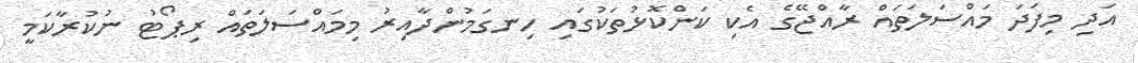
އަދި މިފަދަ މައްސަލަތައް ރާއްޖޭގެ އެކި ކަންކޮޅުތަކުގައި ހިނގަމުންދާއިރު މިމައްސަލަތައް ރިޕޯޓު ނުކުރާކަމީ